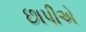
છાપીએ